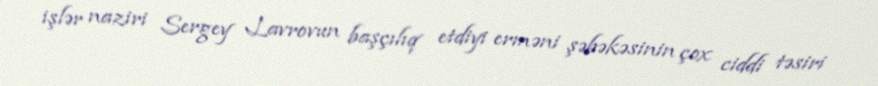
işlər naziri Sergey Lavrovun başçılıq etdiyi erməni şəbəkəsinin çox ciddi təsiri